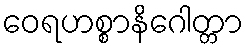
ဝေရဟစ္စာနိဂေါတ္တာ